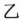
乙